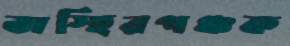
অস্হিরপঞ্চক